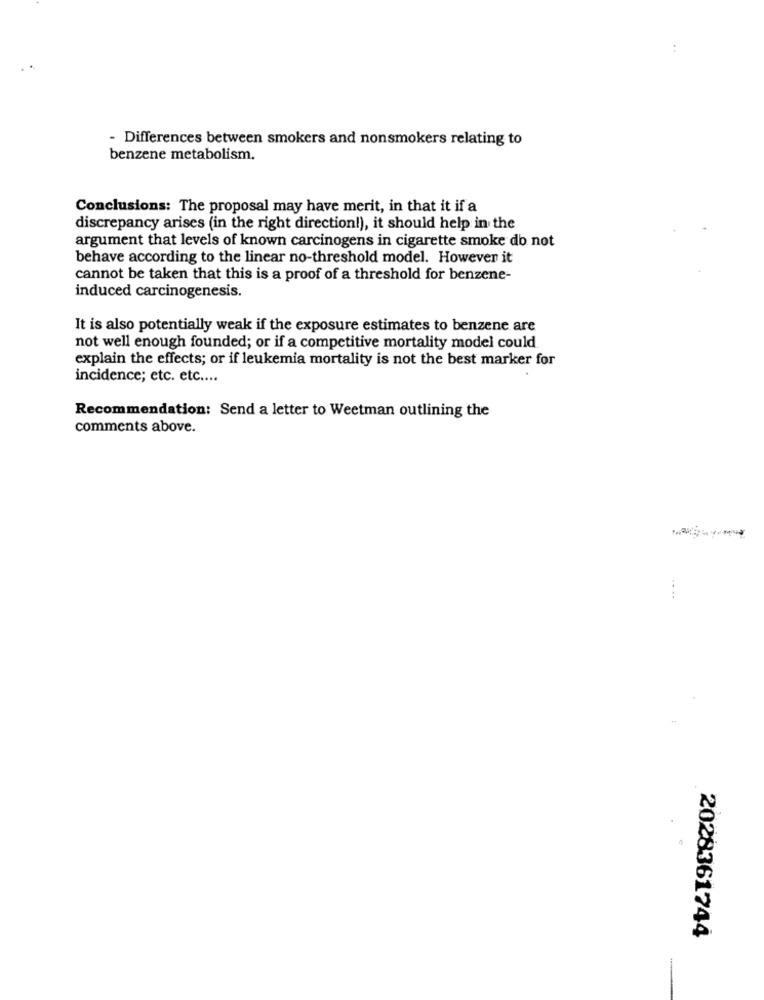
- Differences between smokers and nonsmokers relating to
benzene metabolism.
Conclusions: The proposal may have merit, in that it if a
discrepancy arises (in the right direction!), it should help in the
argument that levels of known carcinogens in cigarette smoke do not
behave according to the linear no-threshold model. However it
cannot be taken that this is a proof of a threshold for benzene-
induced carcinogenesis.
It is also potentially weak if the exposure estimates to benzene are
not well enough founded; or if a competitive mortality model could
explain the effects; or if leukemia mortality is not the best marker for
incidence; etc. etc ....
Recommendation: Send a letter to Weetman outlining the
comments above.
2028361744